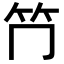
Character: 𥫚